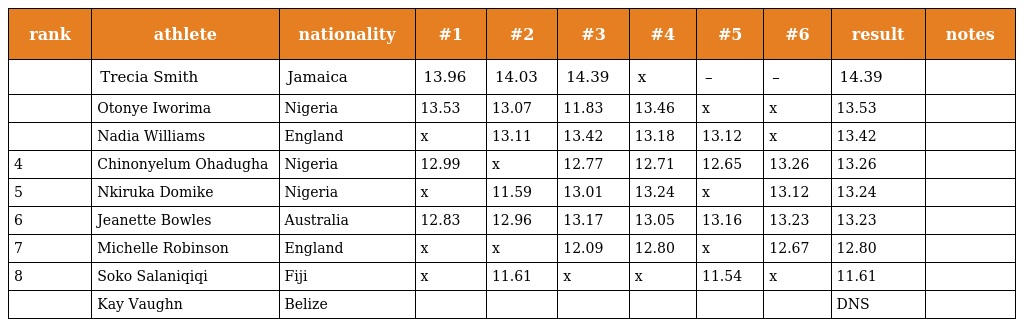
| rank | athlete | nationality | #1 | #2 | #3 | #4 | #5 | #6 | result | notes |
 | --- | --- | --- | --- | --- | --- | --- | --- | --- | --- | --- |
 |  | Trecia Smith | Jamaica | 13.96 | 14.03 | 14.39 | x | – | – | 14.39 |  |
 |  | Otonye Iworima | Nigeria | 13.53 | 13.07 | 11.83 | 13.46 | x | x | 13.53 |  |
 |  | Nadia Williams | England | x | 13.11 | 13.42 | 13.18 | 13.12 | x | 13.42 |  |
 | 4 | Chinonyelum Ohadugha | Nigeria | 12.99 | x | 12.77 | 12.71 | 12.65 | 13.26 | 13.26 |  |
 | 5 | Nkiruka Domike | Nigeria | x | 11.59 | 13.01 | 13.24 | x | 13.12 | 13.24 |  |
 | 6 | Jeanette Bowles | Australia | 12.83 | 12.96 | 13.17 | 13.05 | 13.16 | 13.23 | 13.23 |  |
 | 7 | Michelle Robinson | England | x | x | 12.09 | 12.80 | x | 12.67 | 12.80 |  |
 | 8 | Soko Salaniqiqi | Fiji | x | 11.61 | x | x | 11.54 | x | 11.61 |  |
 |  | Kay Vaughn | Belize |  |  |  |  |  |  | DNS |  |